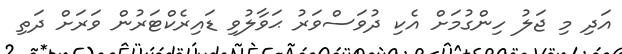
އަދި މި ޖަލު ހިންގުމަށް އެކި ދުވަސްވަރު ޙަވާލުވި ޑައިރެކްޓަރުން ވަރަށް ދަތި